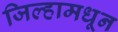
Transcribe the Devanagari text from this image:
जिल्हामधून